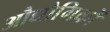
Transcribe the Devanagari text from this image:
औद्योगिकों